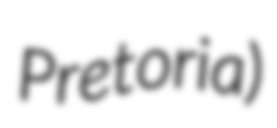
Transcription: Pretoria)